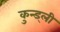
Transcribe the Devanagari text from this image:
कुन्ड्ली